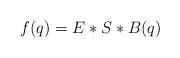
LaTeX: \begin{align*}f(q)= E*S*B(q)\end{align*}